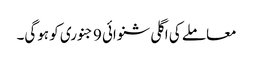
معاملے کی اگلی شنوائی 9 جنوری کو ہوگی۔